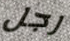
رجل